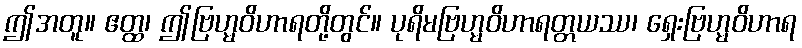
ဤအတူ။ ဧတ္ထ၊ ဤဗြဟ္မဝိဟာရတို့တွင်။ ပုရိမဗြဟ္မဝိဟာရတ္တယဿ၊ ရှေးဗြဟ္မဝိဟာရ